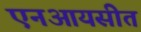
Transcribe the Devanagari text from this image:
एनआयसीत